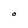
Character: O